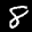
Label: 8